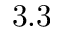
3 . 3